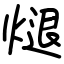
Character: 煺